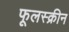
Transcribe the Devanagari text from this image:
फूलस्क्रीन